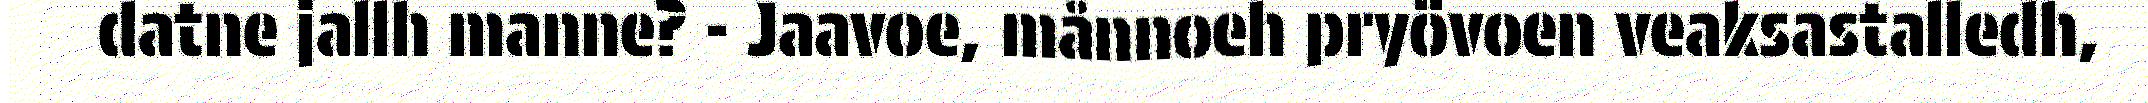
datne jallh manne? - Jaavoe, månnoeh pryövoen veaksastalledh,